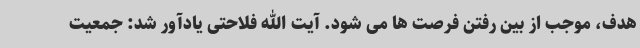
هدف، موجب از بین رفتن فرصت ها می شود. آیت الله فلاحتی یادآور شد: جمعیت